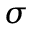
\sigma